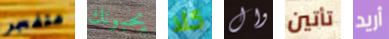
متفجر يحبونك كلا وال تأتين أريد